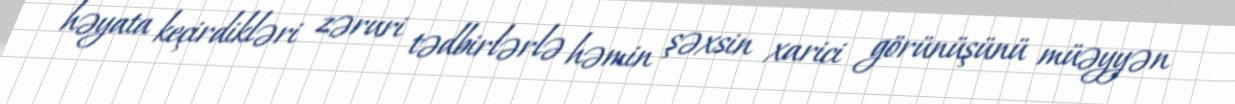
həyata keçirdikləri zəruri tədbirlərlə həmin şəxsin xarici görünüşünü müəyyən